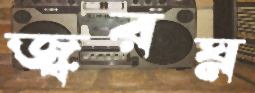
জ্বরঘ্ন